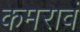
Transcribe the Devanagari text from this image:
कमरावं